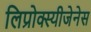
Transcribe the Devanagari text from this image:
लिप्रोक्स्यीजेनेस